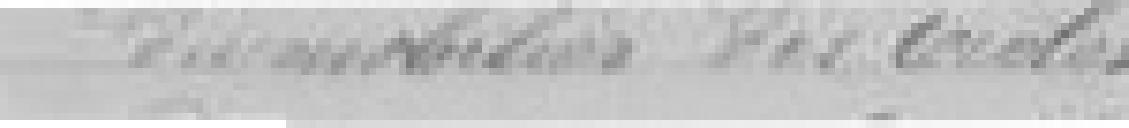
du Mobilier des Ecoles